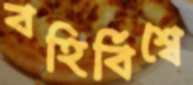
বহির্বিশ্বে